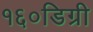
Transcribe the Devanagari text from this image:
१६०डिग्री